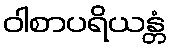
ဝါစာပရိယန္တံ